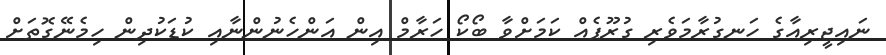
ނައިޖީރިއާގެ ހަނގުރާމަވެރި ގުރޫޕެއް ކަމަށްވާ ބޯކޯ ހަރާމް އިން އަންހެނުންނާއި ކުޑަކުދިން ހިމެނޭގޮތަށް